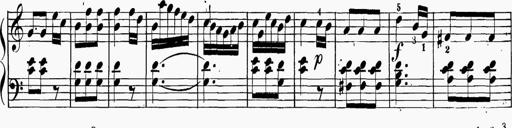
Title: 6 Sonatinas
Composer: Carl Reinecke